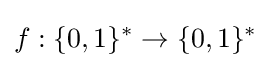
f:\{0,1\}^{*}\to \{0,1\}^{*}